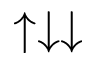
\uparrow \downarrow \downarrow